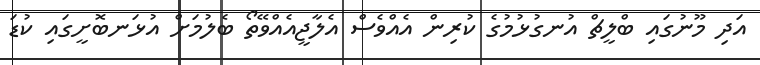
އަދި މޫނުގައި ބްލީޗް އުނގުޅުމުގެ ކުރިން އެއްވެސް އެލާޖީއެއްވޭތޯ ބެލުމަށް އުޅަނބޮށީގައި ކުޑަ